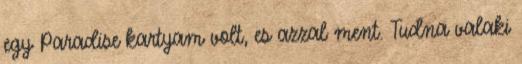
egy Paradise kartyam volt, es azzal ment. Tudna valaki